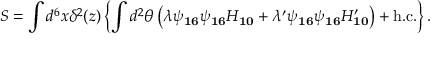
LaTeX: S = \int d ^ { 6 } x \delta ^ { 2 } ( z ) \left\{ \int d ^ { 2 } \theta \left( \lambda \psi _ { \bf 1 6 } \psi _ { \bf 1 6 } H _ { \bf 1 0 } + \lambda ^ { \prime } \psi _ { \bf 1 6 } \psi _ { \bf 1 6 } H _ { \bf 1 0 } ^ { \prime } \right) + \mathrm { h . c . } \right\} .